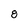
Character: 8